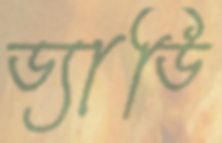
ড্যাডি